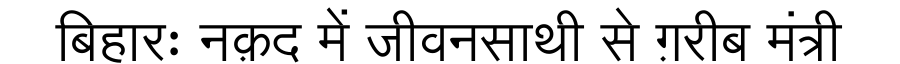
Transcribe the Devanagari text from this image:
बिहारः नक़द में जीवनसाथी से ग़रीब मंत्री